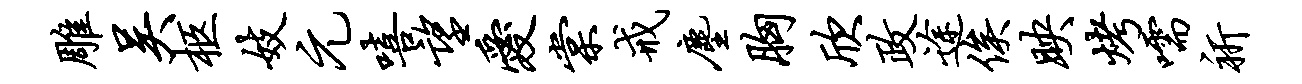
雕吴柩妓元嘻望爱棠戒尘胸欣政途俟映烤嚅祈